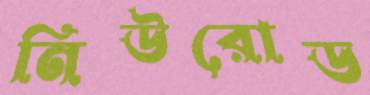
নিউরোড